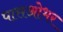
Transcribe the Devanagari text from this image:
पासओभर